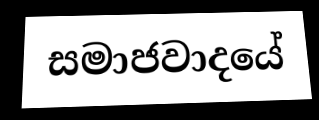
සමාජවාදයේ